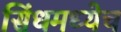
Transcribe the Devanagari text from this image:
सिंधमध्येच